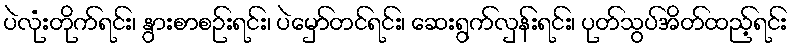
ပဲလုံးတိုက်ရင်း၊ နွားစာစဉ်းရင်း၊ ပဲမှော်တင်ရင်း၊ ဆေးရွက်လှန်းရင်း၊ ပုတ်သွပ်အိတ်ထည့်ရင်း